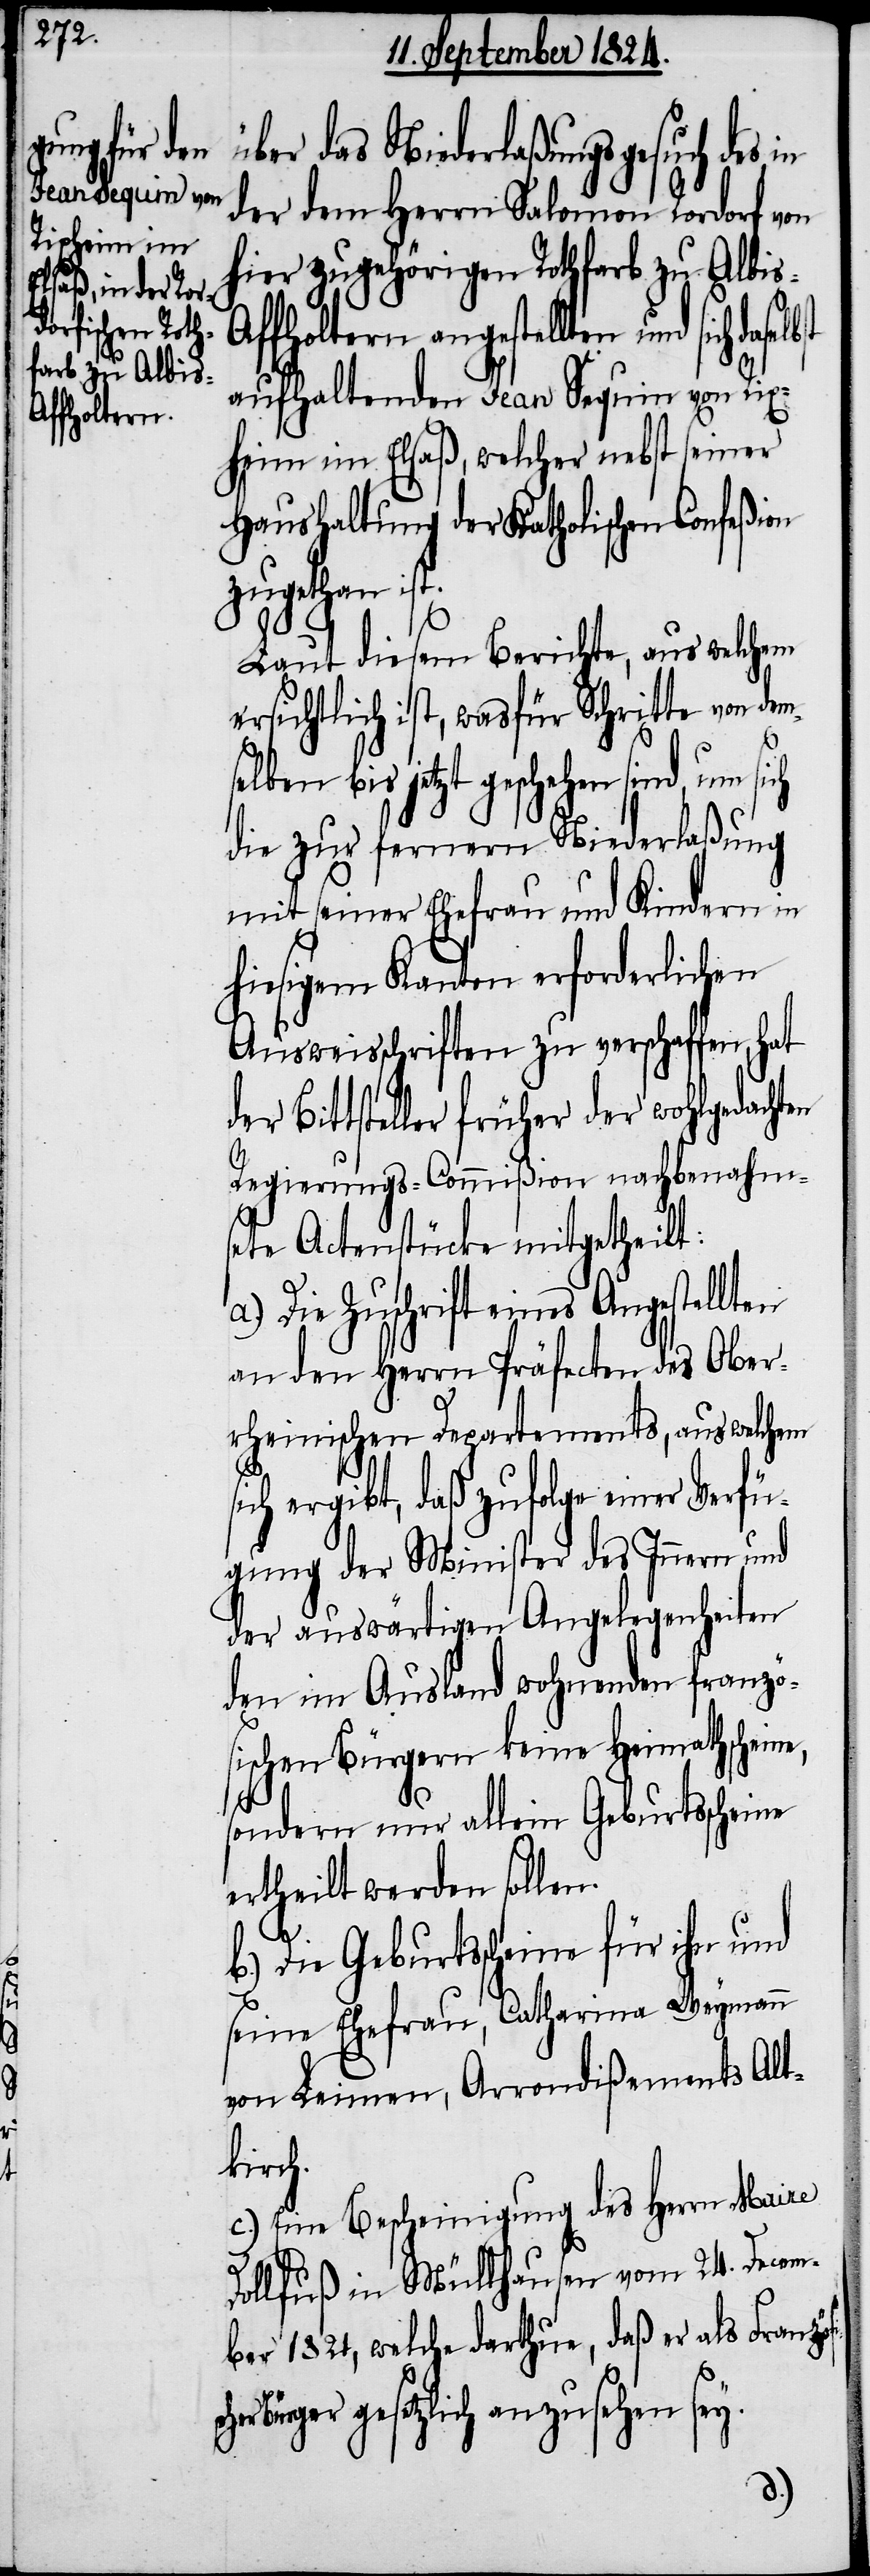
e,
ösischer Bü¬

über das Niederlaßungsgesuch des in
der dem Herrn Salomon Rordorf von
hier zugehörigen Rothfarb zu Albi¬
ffoltern angestellten und sich
aufhaltenden Jean Sequin von Rix¬
heim im Elsaß, welcher nebst seiner
Haushaltung der Katholischen Confeßion
zugethan ist.
Laut diesem Berichte, aus welchem
ersichtlich ist, wasfür Schritte von de¬
elben bis jetzt geschehen sind, um
die zur fernern Niederlaßung
mit seiner Ehefrau und Kindern in
hiesigem Kanton erforderlichen
Ausweisschriften zu verschaffen, hat
der Bittsteller früher der wohlgedachten
Regierungs-Commißion nachbenahms¬
ete Actenstücke mitgetheilt:
a.) Die Zuschrift eines Angestellten
an den Herrn Präfecten des Ober¬
rheinischen Departements, aus welchem
sich ergibt, daß zufolge einer Verfü¬
gung der Minister des Innern und
der auswärtigen Angelegenheiten
den im Ausland wohnenden franzö¬
sischen Bürgern keine Heimathschein¬
sondern nur allein Geburtsscheine
ertheilt werden sollen.
b.) Die Geburtsscheine für ihn und
seine Ehefrau, Catharina Weymann
von Leimen, Arrondißements Alt¬
kirch.
c.) Eine Bescheinigung des Herrn Maire
Dollfuß in Müllhausen vom 24. Decem¬
ber 1824, welche darthue, daß er als Franz¬
rger gesetzlich anzusehen sey.